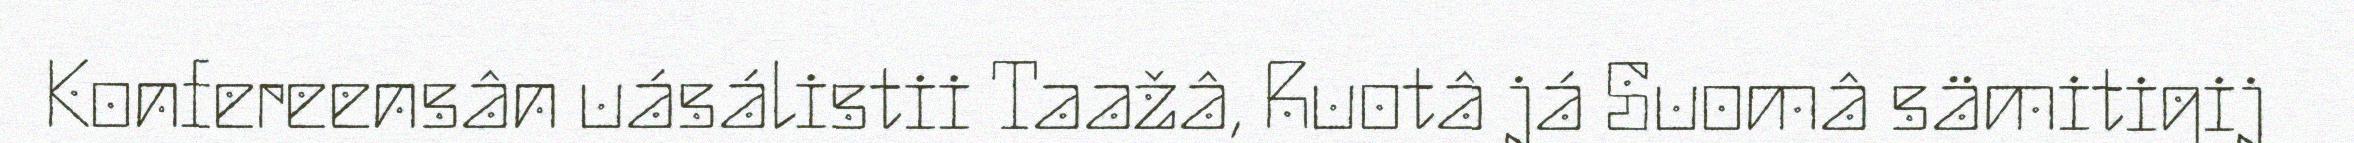
Konfereensân uásálistii Taažâ, Ruotâ já Suomâ sämitigij